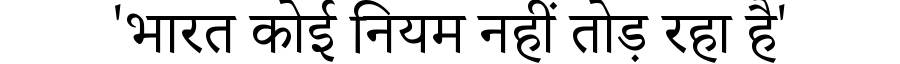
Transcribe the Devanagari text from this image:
'भारत कोई नियम नहीं तोड़ रहा है'